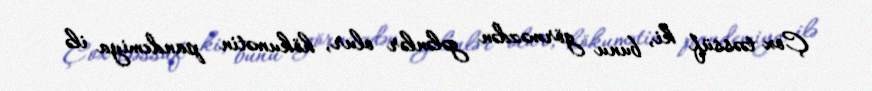
Çox təəssüf ki, bunu görməzdən gələnlər olur, hökumətin pandemiya ilə